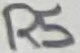
Text: R5